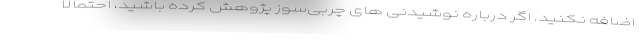
اضافه نکنید. اگر درباره نوشیدنی های چربی‌سوز پژوهش کرده باشید، احتمالا